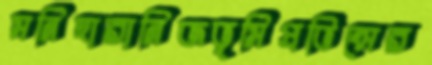
মনিহারানিজভূমিপ্রভিন্সের